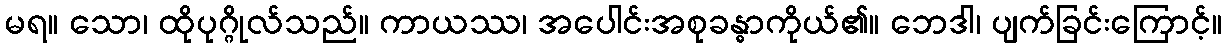
မရ။ သော၊ ထိုပုဂ္ဂိုလ်သည်။ ကာယဿ၊ အပေါင်းအစုခန္ဓာကိုယ်၏။ ဘေဒါ၊ ပျက်ခြင်းကြောင့်။